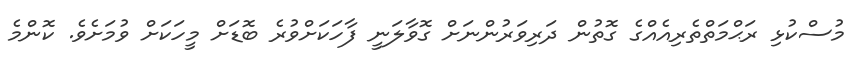
މުސްކުޅި ރަޙްމަތްތެރިއެއްގެ ގޮތުން ދަރިވަރުންނަށް ގޮވާލަނީ ފާހަކަށްވުރެ ބޮޑަށް މީހަކަށް ވުމަށެވެ. ކޮންމެ